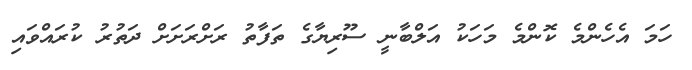
ހަމަ އެހެންމެ ކޮންމެ މަހަކު އަލްބާނީ ސޫރިޔާގެ ތަފާތު ރަށްރަށަށް ދަތުރު ކުރައްވައި